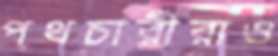
পথচারীরাও